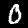
Label: 0